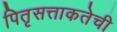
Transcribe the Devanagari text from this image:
पितृसत्ताकतेची